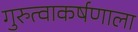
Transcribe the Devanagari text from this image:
गुरुत्वाकर्षणाला